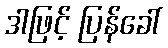
ဒါဖြင့် ပြန်ခေါ်